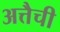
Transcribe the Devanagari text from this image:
अत्तैची